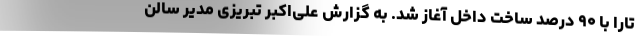
تارا با ۹۰ درصد ساخت داخل آغاز شد. به گزارش علی‌اکبر تبریزی مدیر سالن